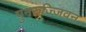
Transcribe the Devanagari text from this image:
पुनरुज्जिवन